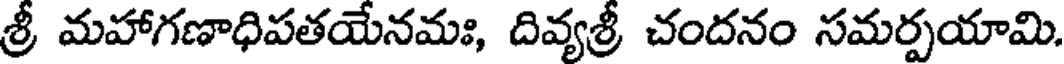
శ్రీ మహాగణాధిపతయేనమః, దివ్యశ్రీ చందనం సమర్పయామి